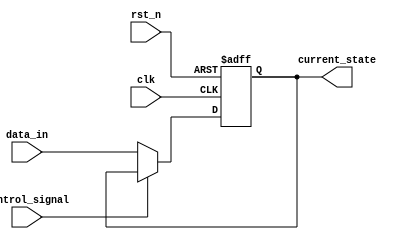
module hold_condition (
    input wire clk,             // Clock signal
    input wire rst_n,           // Active low reset signal
    input wire control_signal,   // Control signal to hold the current state
    input wire [7:0] data_in,    // Data inputs (8-bit for example)
    output reg [7:0] current_state // Current state output
);

    // Internal state variable
    reg [7:0] next_state;

    // Sequential logic for state update
    always @(posedge clk or negedge rst_n) begin
        if (!rst_n) begin
            current_state <= 8'b0;  // Reset current state to zero
        end else if (control_signal) begin
            // Hold condition: retain the current state
            current_state <= current_state; // No change
        end else begin
            // Update state based on data input
            current_state <= data_in;
        end
    end

    // For clarity, we can also define the next state
    always @* begin
        if (control_signal) begin
            // Hold the current state
            next_state = current_state; 
        end else begin
            // Accept new data input
            next_state = data_in; 
        end
    end

endmodule